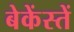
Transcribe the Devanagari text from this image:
बेकेंस्तें